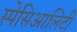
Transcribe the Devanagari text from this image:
स्पेसिआलिटी